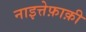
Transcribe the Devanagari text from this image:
नाइत्तेफ़ाक़ी